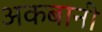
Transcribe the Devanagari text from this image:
अकबानी